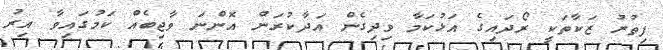
ފިތުރު ޒަކާތަކީ ރޯދައިގެ އަޅުކަމާ ވިދިގެން އަދާކުރަން އޮންނަ ވާޖިބެއް ކަމުގައިވާ އިރު